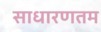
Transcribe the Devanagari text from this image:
साधारणतम